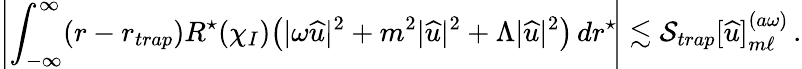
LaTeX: \left|\int_{-\infty}^{\infty}(r-r_{trap})R^{\star}(\chi_{I})\big(|\omega{\widehat{u}}|^{2}+m^{2}|{\widehat{u}}|^{2}+\Lambda|{\widehat{u}}|^{2}\big)\, dr^{\star}\! \right|\lesssim\mathcal{S}_{trap}[{\widehat{u}}]_{m\ell}^{(a\omega)}\, .